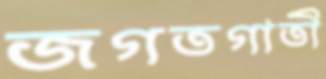
জগতগাতী